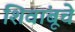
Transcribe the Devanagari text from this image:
शिवांबूचे